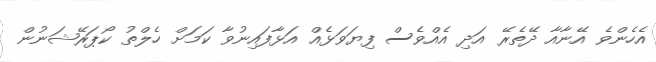
އެހެންވެ އޭނާއާ ދޭތެރޭ އަދި އެއްވެސް ފިޔަވަޅެއް އަޅާފައިނުވާ ކަމަށް ހެލްތު ކޯޕަރޭޝަނުން